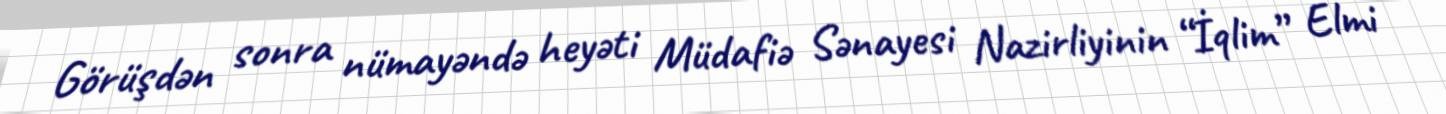
Görüşdən sonra nümayəndə heyəti Müdafiə Sənayesi Nazirliyinin “İqlim” Elmi